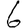
Digit: 6